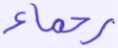
رحماء